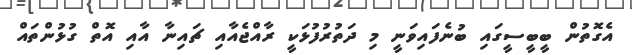
އެގޮތުން ބީބީސީގައި ބުނެފައިވަނީ މި ދަތުރުފުޅަކީ ރާއްޖެއާއި ޗައިނާ އާއި އޮތް ގުޅުންތައް